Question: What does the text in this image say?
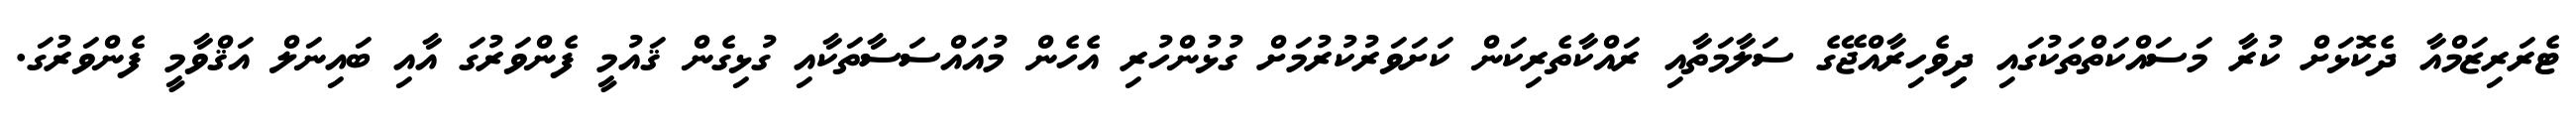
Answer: ޓެރަރިޒަމްއާ ދެކޮޅަށް ކުރާ މަސައްކަތްތަކުގައި ދިިވެހިރާއްޖޭގެ ސަލާމަތާއި ރައްކާތެރިކަން ކަށަވަރުކުރުމަށް ގުޅުންހުރި އެހެން މުއައްސަސާތަކާއި ގުޅިގެން ޤައުމީ ފެންވަރުގަ އާއި ބައިނަލް އަޤްވާމީ ފެންވަރުގަ.